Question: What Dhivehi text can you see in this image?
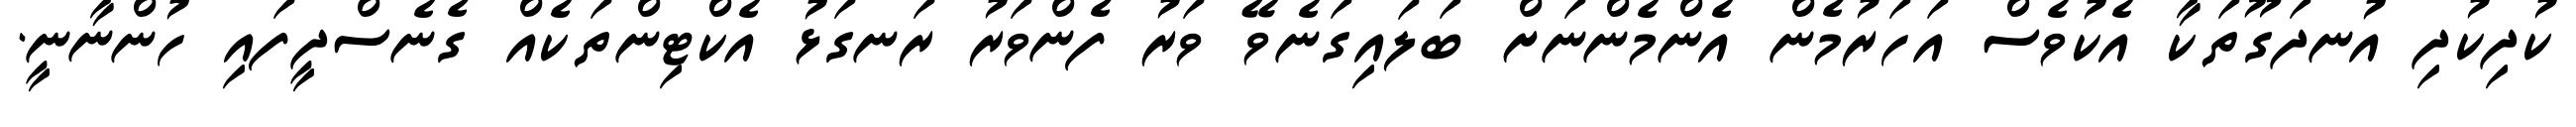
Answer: ކުދިކުދި އުނދަގޫތަކާ އެކުވެސް އަހަރުމެން އެންމެންނަށް ބަލައިގަނެވޭ ވަރު ފެންވަރު ރަނގަޅު އެކްޓިންތަކެއް ގެނެސްދީފައި ހުންނާނީ.